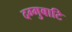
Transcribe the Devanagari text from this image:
दग्गुबाटि